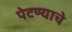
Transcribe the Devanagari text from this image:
पेटण्याचे